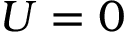
U = 0